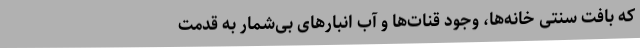
که بافت سنتی خانه‌ها، وجود قنات‌ها و آب انبار‌های بی‌شمار به قدمت